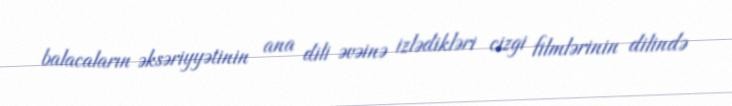
balacaların əksəriyyətinin ana dili əvəinə izlədikləri cizgi filmlərinin dilində